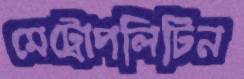
মেট্রোপলিটিন